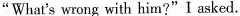
“What's wrong with him?” I asked.